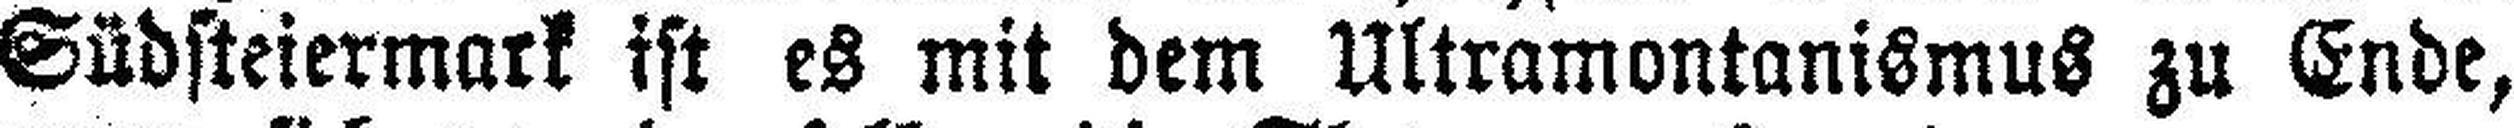
Südsteiermark ist es mit dem Ultramontanismus zu Ende,